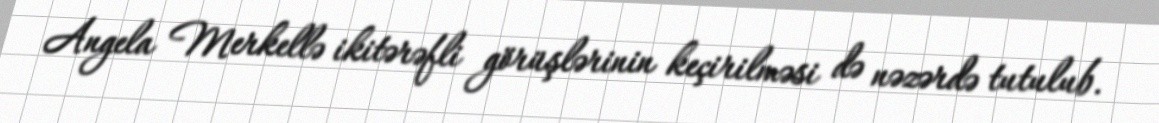
Angela Merkellə ikitərəfli görüşlərinin keçirilməsi də nəzərdə tutulub.